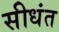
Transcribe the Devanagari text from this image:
सीधंत